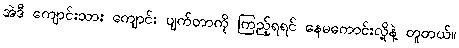
အဲဒီ ကျောင်းသား ကျောင်း ပျက်တာကို ကြည့်ရရင် နေမကောင်းလို့နဲ့ တူတယ်။